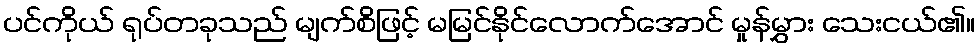
ပင်ကိုယ် ရုပ်တခုသည် မျက်စိဖြင့် မမြင်နိုင်လောက်အောင် မှုန်မွှား သေးငယ်၏။